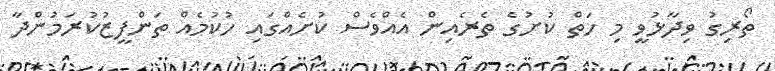
ތޯރިގު ވިދާޅުވީ މި ހަތް ކުށުގެ ތެރެއިން އެއްވެސް ކުށެއްގައި ހުކުމެއް ތަންފީޒުކުރަމުންދާ